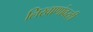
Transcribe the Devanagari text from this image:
लिखाणांवरही